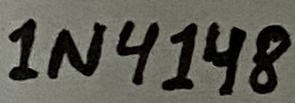
Text: 1N4148